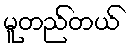
မူတည်တယ်